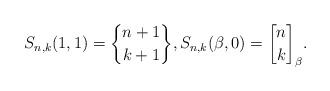
LaTeX: \begin{gather*} S_{n,k}(1,1) = {n+1 \brace k+1},S_{n,k}(\beta,0)= {n \brack k}_{\beta}. \end{gather*}